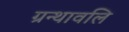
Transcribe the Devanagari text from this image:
ग्रन्थावलि